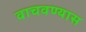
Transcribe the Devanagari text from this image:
वाचवण्यास